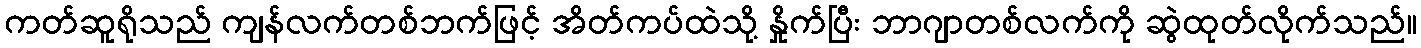
ကတ်ဆူရိုသည် ကျန်လက်တစ်ဘက်ဖြင့် အိတ်ကပ်ထဲသို့ နှိုက်ပြီး ဘာဂျာတစ်လက်ကို ဆွဲထုတ်လိုက်သည်။